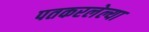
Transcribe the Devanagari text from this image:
पतकरलेल्या